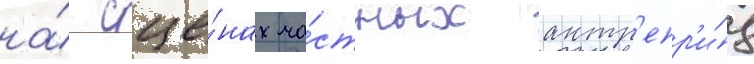
на́ сце́нах ча́стных антр'епр'и́з